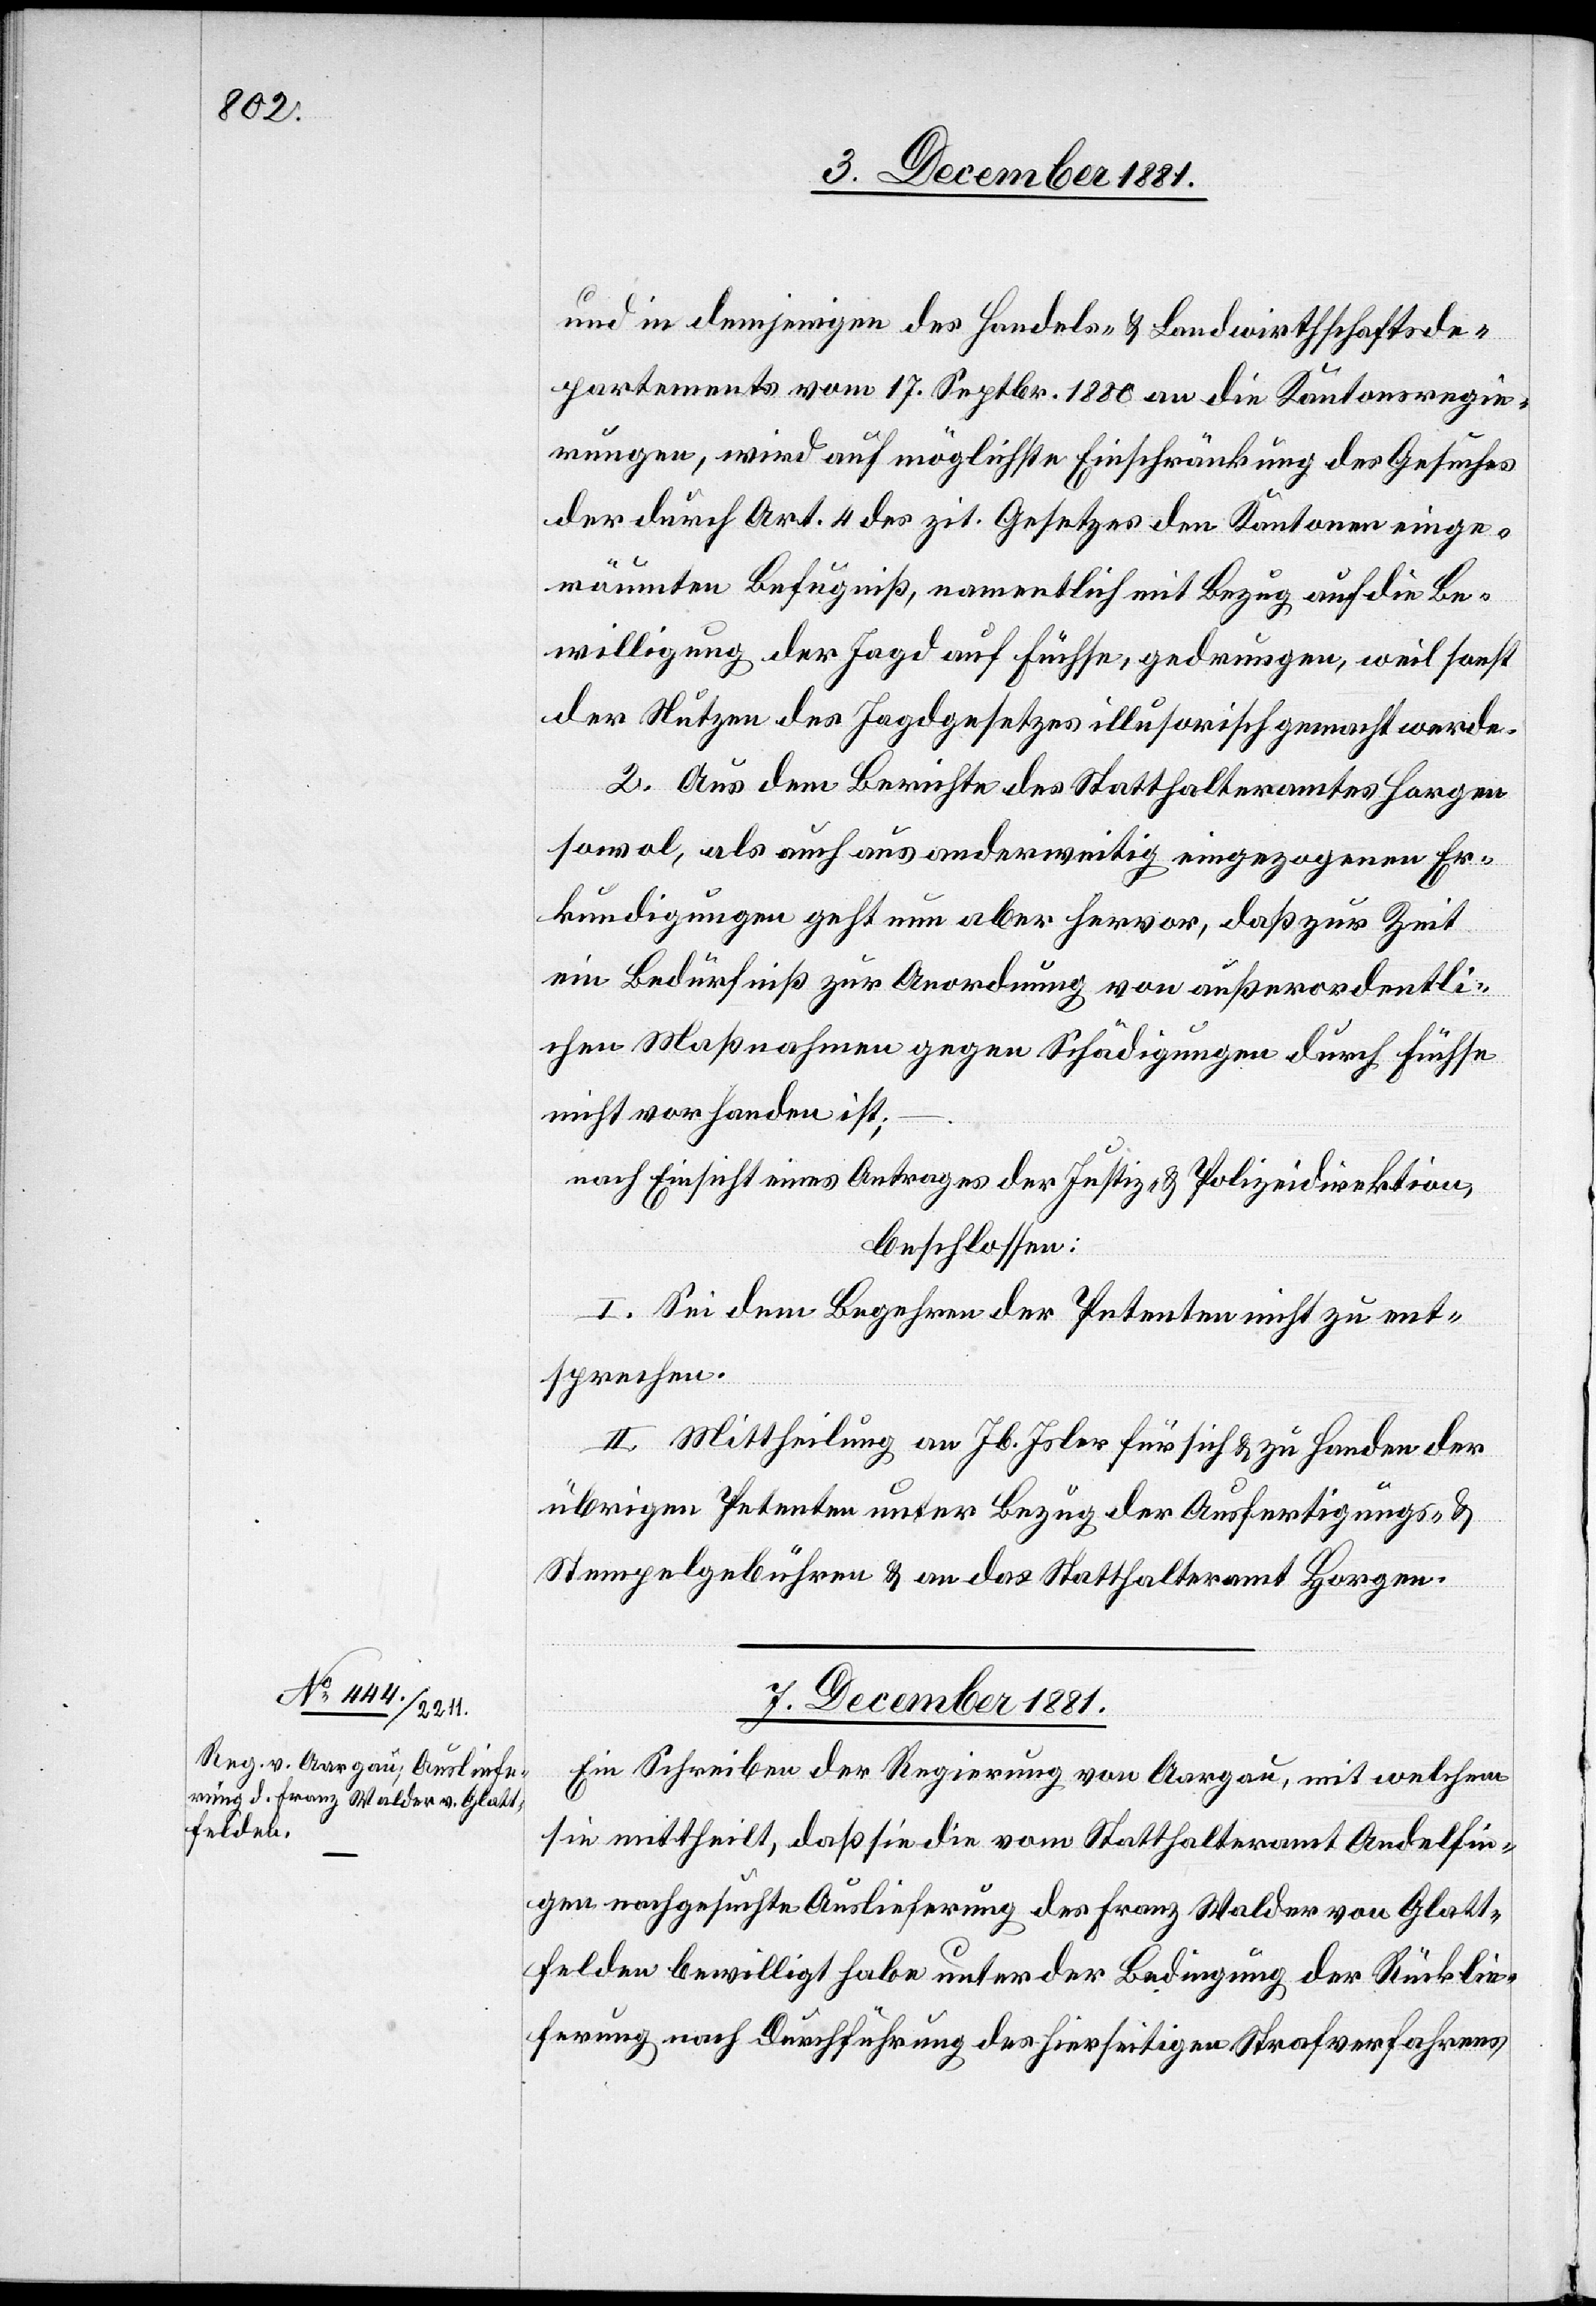
und in demjenigen des Handels- & Landwirthschaftsde¬
partements vom 17 Septbr. 1880 an die Kantonsregie¬
rungen, wird auf möglichste Einschränkung des Gesuches
der durch Art. 4 des zit. Gesetzes den Kantonen einge¬
räumten Befugniß, namentlich mit Bezug auf die Be¬
willigung der Jagd auf Füchse, gedrungen, weil sonst
der Nutzen des Jagdgesetzes illusorisch gemacht werde.
2. Aus dem Berichte des Statthalteramtes Horgen
sowol, als auch aus anderweitig eingezogenen Er¬
kundigungen geht nun aber hervor, daß zur Zeit
ein Bedürfniß zur Anordnung von außerordentli¬
chen Maßnahmen gegen Schädigungen durch Füchse
nicht vorhanden ist;
nach Einsicht eines Antrages der Justiz- & Polizeidirektion,
beschlossen:
I. Sei dem Begehren der Petenten nicht zu ent¬
sprechen.
II. Mittheilung an Jb. Isler für sich & zu Handen der
übrigen Petenten unter Bezug der Ausfertigungs- &
Stempelgebühren & an das Statthalteramt Horgen.
7. December 1881.
Ein Schreiben der Regierung von Aargau, mit welchem
sie mittheilt, daß sie die vom Statthalteramt Andelfin¬
gen nachgesuchte Auslieferung des Franz Walder von Glatt¬
felden bewilligt habe unter der Bedingung der Rücklie¬
ferung nach Durchführung des hierseitigen Strafverfahrens